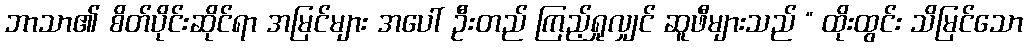
ဘာသာ၏ စိတ်ပိုင်းဆိုင်ရာ အမြင်များ အပေါ် ဦးတည် ကြည့်ရှုလျှင် ဆူဖီများသည် “ ထိုးထွင်း သိမြင်သော